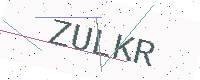
Text: ZULKR